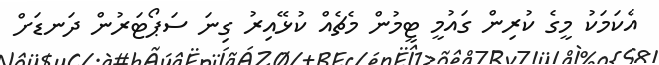
އެކަމަކު މީގެ ކުރިން ގައުމީ ޓީމުން މެޗެއް ކުޅޭއިރު ގިނަ ސަޕޯޓަރުން ދަނޑަށް